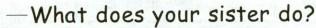
—What does your sister do?